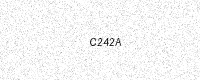
Text: C242A